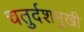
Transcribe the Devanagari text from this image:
चतुर्दशमुखी